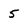
Character: 5